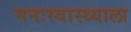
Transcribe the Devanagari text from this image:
मनःस्वास्थ्याला